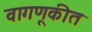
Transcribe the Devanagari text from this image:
वागणूकीत